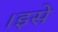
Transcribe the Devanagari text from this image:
।इसे